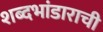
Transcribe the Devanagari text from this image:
शब्दभांडाराची